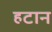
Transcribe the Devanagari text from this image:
हटान